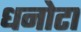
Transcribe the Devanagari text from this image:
धनोटा